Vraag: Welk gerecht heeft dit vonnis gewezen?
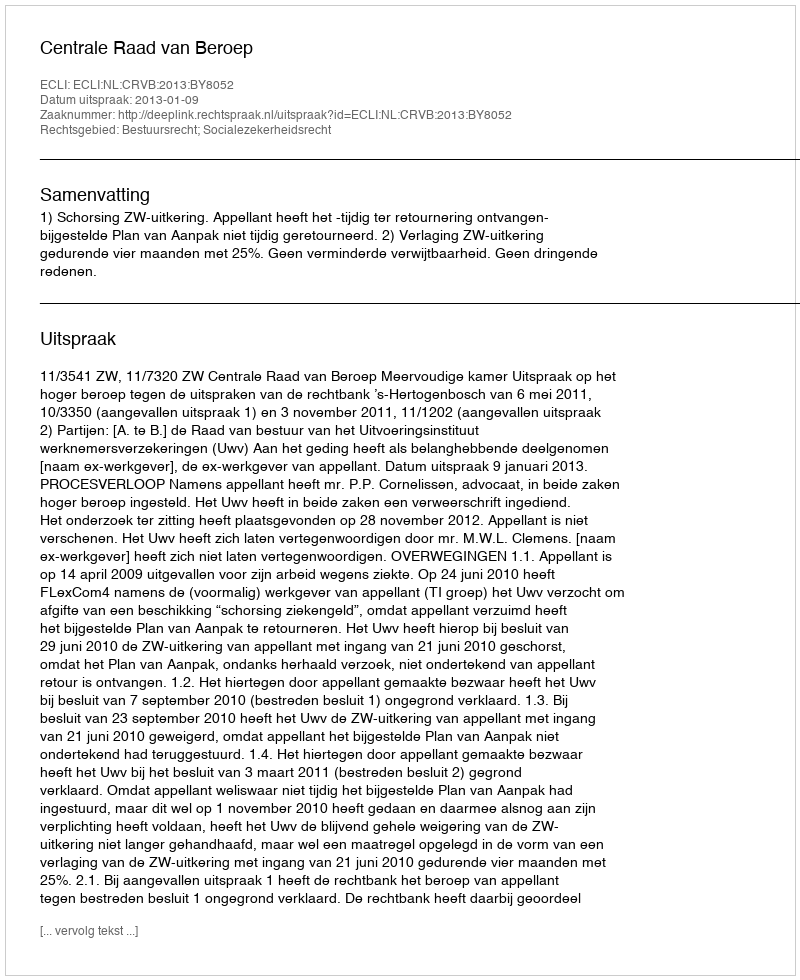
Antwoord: Centrale Raad van Beroep